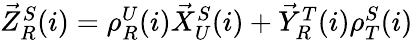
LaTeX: \begin{array}{r}{\vec{Z}_{R}^{S}(i)=\rho_{R}^{U}(i)\vec{X}_{U}^{S}(i)+\vec{Y}_{R}^{T}(i)\rho_{T}^{S}(i)}\end{array}